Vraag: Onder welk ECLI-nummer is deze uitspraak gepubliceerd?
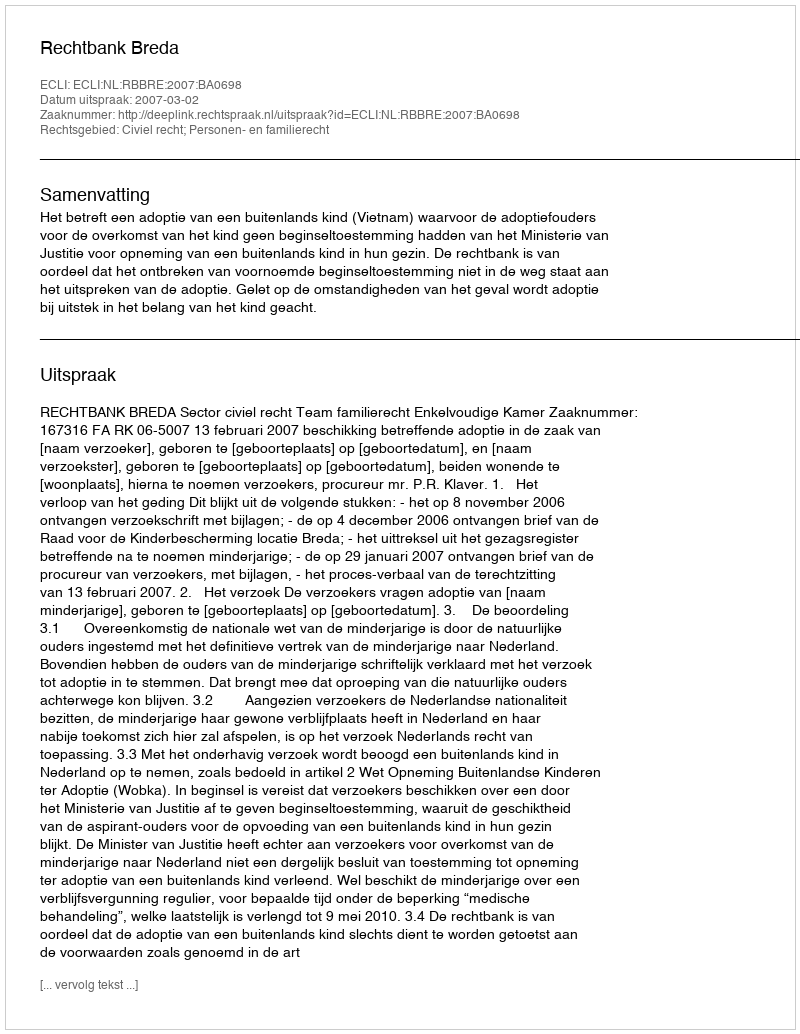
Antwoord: ECLI:NL:RBBRE:2007:BA0698